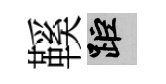
鞵距